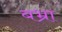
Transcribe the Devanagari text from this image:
बभ्रा